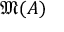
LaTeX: { \mathfrak { M } } ( A )